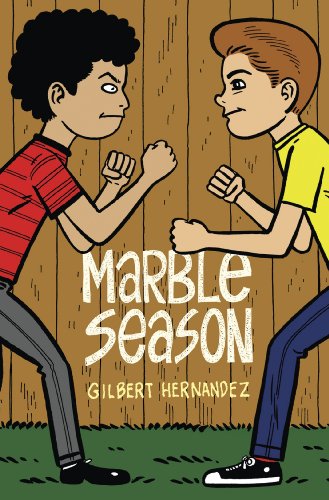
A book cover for Marble Season; Gilbert Hernandez; Comics & Graphic Novels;